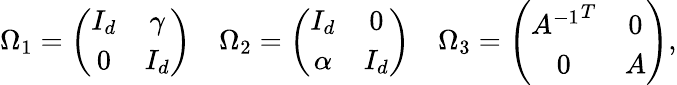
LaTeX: \Omega_{1}=\left(\begin{array}{cc}{{I_{d}}}&{{\gamma}}\\ {{0}}&{{I_{d}}}\end{array}\right)\quad\Omega_{2}=\left(\begin{array}{cc}{{I_{d}}}&{{0}}\\ {{\alpha}}&{{I_{d}}}\end{array}\right)\quad\Omega_{3}=\left(\begin{array}{cc}{{{A^{-1}}^{T}}}&{{0}}\\ {{0}}&{{A}}\end{array}\right),